Annual report on the mental hospital in the Central Provinces and Berar (Nagpur) - 1927-1951
Year: 1927
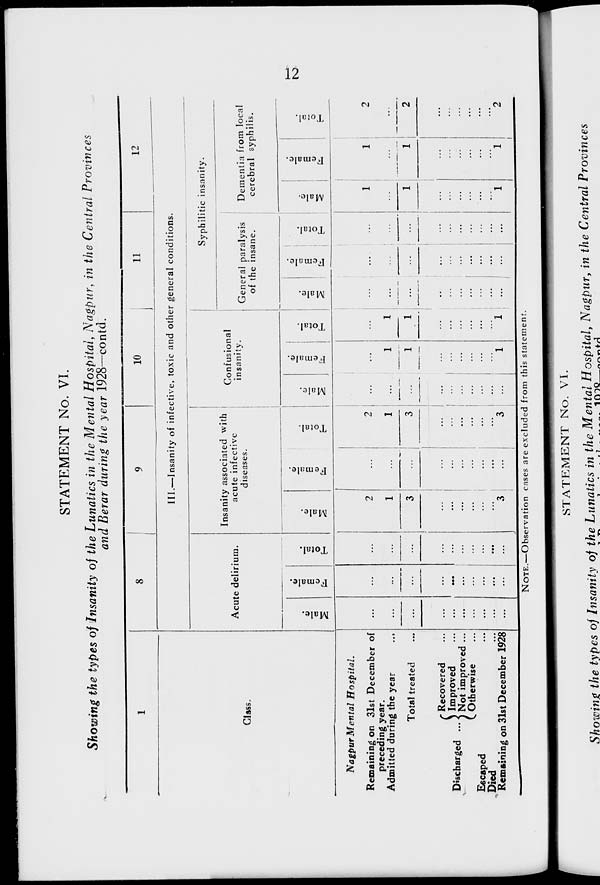
12
STATEMENT No. VI.
Showing the types of Insanity of the Lunatics in the Mental Hospital, Nagpur, in the Central Provinces
and Berar during the year 1928—contd.
1
Class.
Nagpur Mental
Hospital.
Remaining on 31st December of
preceding year.
Admitted during the year ...
Total treated ...
Discharged ...
Recovered ...
Improved ...
Not improved ...
Otherwise ...
Escaped ...
Died ...
Remaining on 31st December 1928
8
9
10
11
12
III.—Insanity of infective, toxic and other general conditions.
Acute delirium.
Male.
...
...
...
...
...
...
...
...
...
...
Female.
...
...
...
...
...
...
...
...
...
...
Total.
...
...
...
...
...
...
...
...
...
...
Insanity associated with
acute infective
diseases.
Male.
2
1
3
...
...
...
...
...
...
3
Female.
...
...
...
...
...
...
...
...
...
...
Total.
2
1
3
...
...
...
...
...
...
3
Confusional
insanity.
Male.
...
...
...
...
...
...
...
...
...
...
Female.
...
1
1
...
...
...
...
...
...
1
Total.
...
1
1
...
...
...
...
...
...
1
Syphilitic insanity.
General paralysis
of the insane.
Male.
...
...
...
...
...
...
...
...
...
...
Female.
...
...
...
...
...
...
...
...
...
...
Total.
...
...
...
...
...
...
...
...
...
...
Dementia from local
cerebral syphilis.
Male.
1
...
1
...
...
...
...
...
...
1
Female.
1
...
1
...
...
...
...
...
...
1
Total.
2
...
2
...
...
...
...
...
...
2
NOTE.—Observation cases are excluded from this statement.